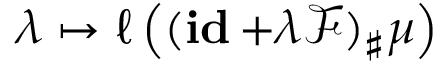
\lambda \mapsto \ell \left( ( \mathop { \bf i d } + \lambda \mathcal F ) _ { \sharp } \mu \right)